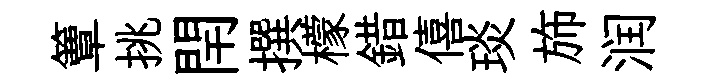
簟挑閈撰檬錯僖琰斾润